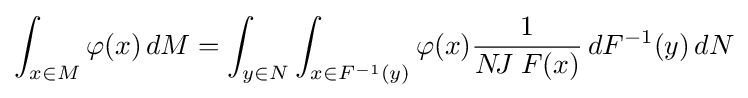
\int _{x\in M}\varphi (x)\,dM=\int _{y\in N}\int _{x\in F^{-1}(y)}\varphi (x){\frac {1}{N\!J\;F(x)}}\,dF^{-1}(y)\,dN